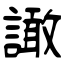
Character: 譀